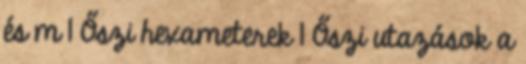
és m 1 Őszi hexameterek 1 Őszi utazások a